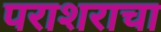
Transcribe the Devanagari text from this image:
पराशराचा